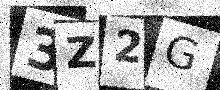
Text: 3Z2G